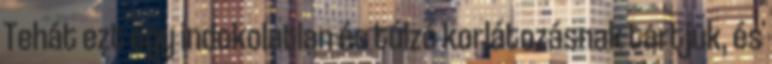
Tehát ezt egy indokolatlan és túlzó korlátozásnak tartjuk, és